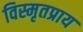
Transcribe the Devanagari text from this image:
विस्मृतप्राय